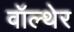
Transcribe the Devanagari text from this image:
वॉल्थेर